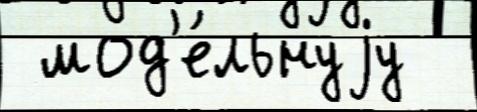
 мод'е́льнуjу